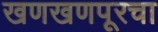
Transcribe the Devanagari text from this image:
खणखणपूरचा